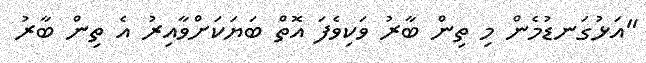
"އަޅުގަނޑުމެން މި ތިން ބާރު ވަކިވެފަ އޮތް ބަޔަކަށްވާއިރު އެ ތިން ބާރު